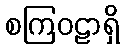
စကြဝဠာရှိ